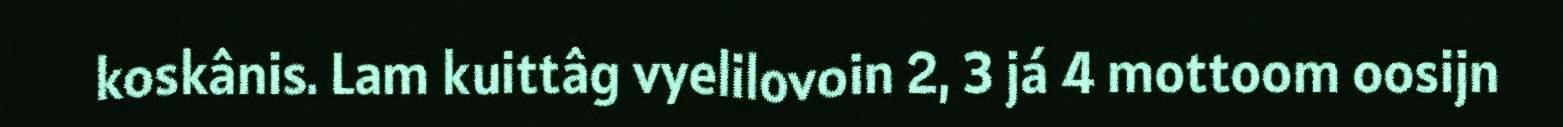
koskânis. Lam kuittâg vyelilovoin 2, 3 já 4 mottoom oosijn